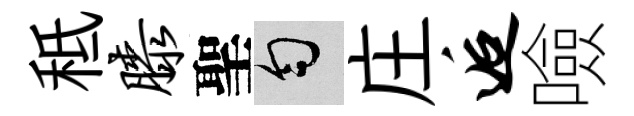
秪膝聖匀庄逅噞